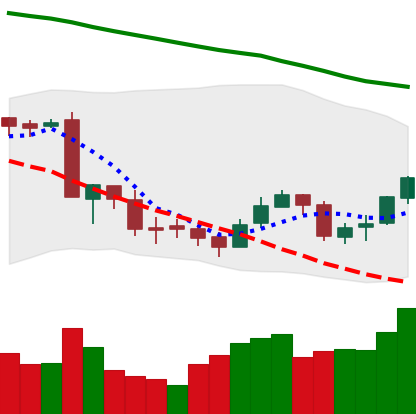
Ticker: BNB-USD
Chart end date: 2018-09-21
Forward return: -6.476%
Label: down_5_7